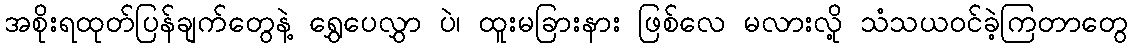
အစိုးရထုတ်ပြန်ချက်တွေနဲ့ ရွှေပေလွှာ ပဲ၊ ထူးမခြားနား ဖြစ်လေ မလားလို့ သံသယဝင်ခဲ့ကြတာတွေ